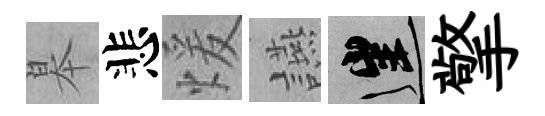
皋悲煖讌往擎